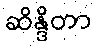
ဆိန္ဒိတာ